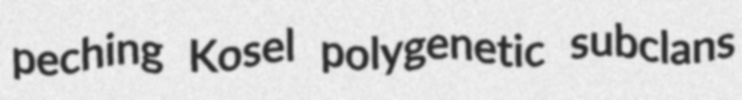
peching Kosel polygenetic subclans